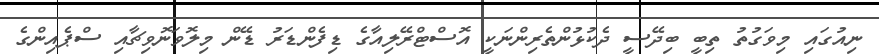
ނިއުގައި މިވަގުތު ތިބީ ބިދޭސީ ދެކުޅުންތެރިންނަކީ އޮސްޓްރޭލިއާގެ ޑިފެންޑަރު ޑޭން މިލޮވަނޮވިޗާއި ސްޕެއިންގެ